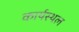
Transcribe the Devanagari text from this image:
कार्यस्‍थल